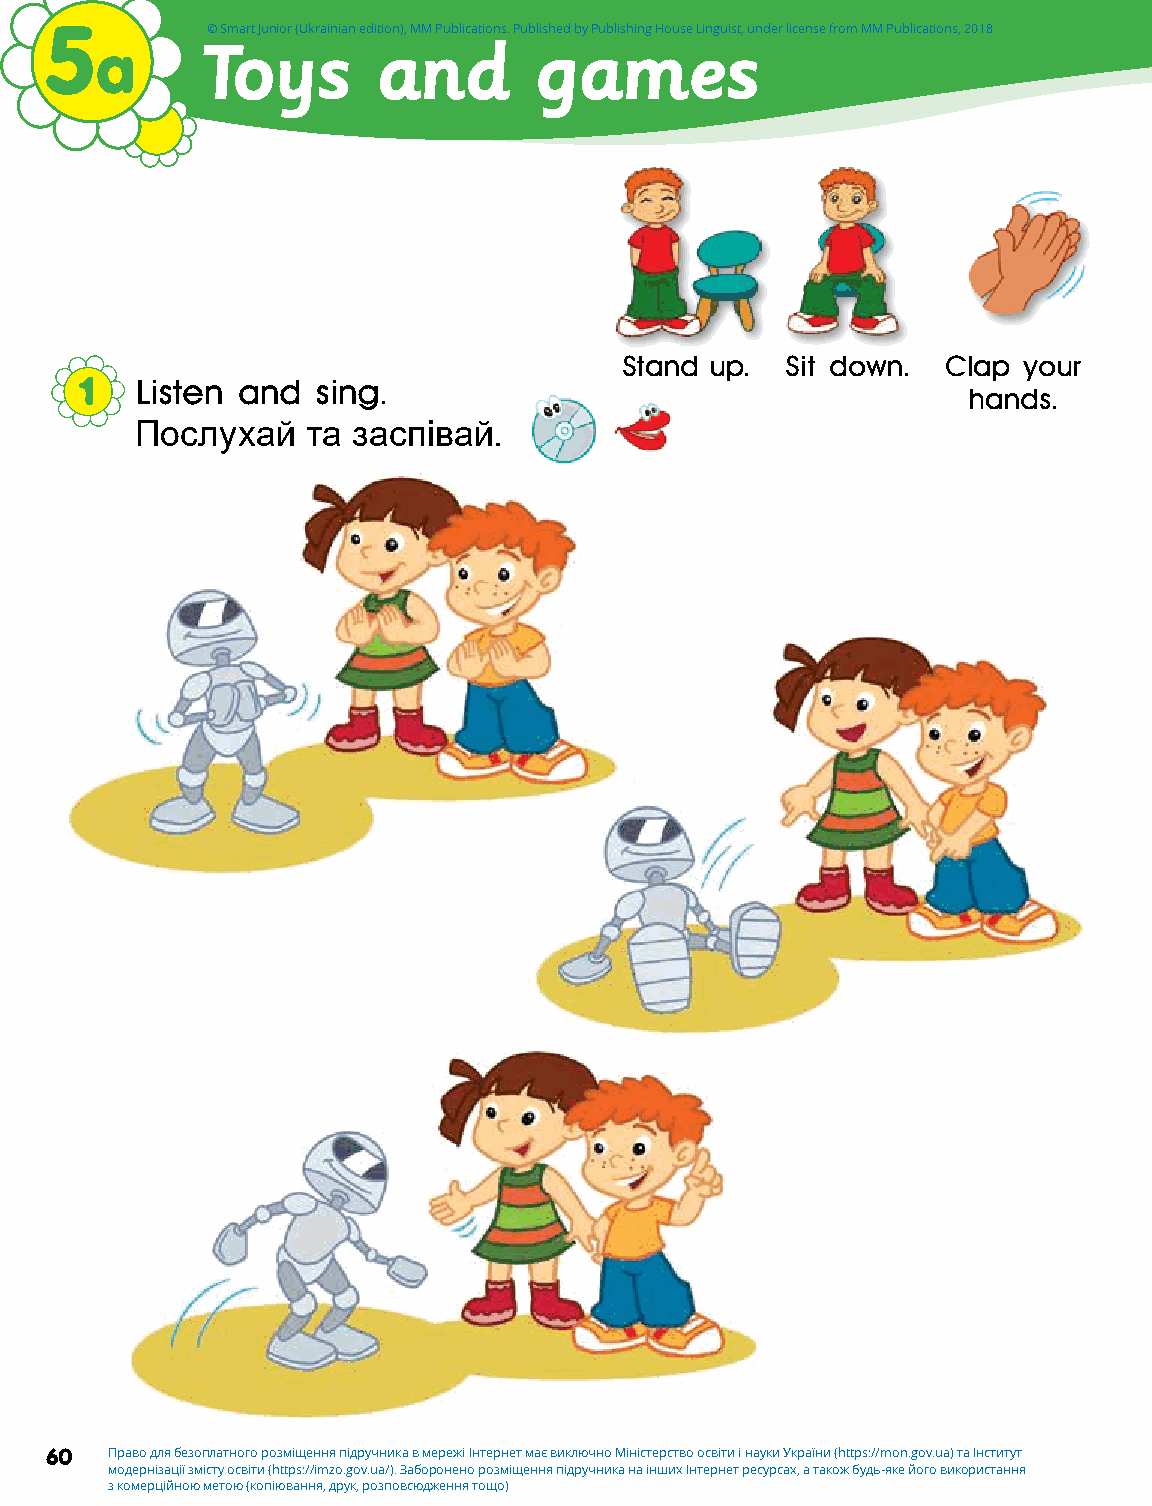
5          © Smart Junior (Ukrainian edition), MM Publications. Published by Publishing House Linguist, under license from MM Publications, 2018
 a      IT oliykes  aapnpdl  egsames
 Stand up.  Sit down. Clap  your
 1   Listen and  sing.
 hands.
 Послухай   та заспівай.
 60  Право для безоплатного розміщення підручника в мережі Інтернет має виключно Міністерство освіти і науки України (https://mon.gov.ua) та Інститут
 модернізації змісту освіти (https://imzo.gov.ua/). Заборонено розміщення підручника на інших Інтернет ресурсах, а також будь-яке його використання
 з комерційною метою (копіювання, друк, розповсюдження тощо)